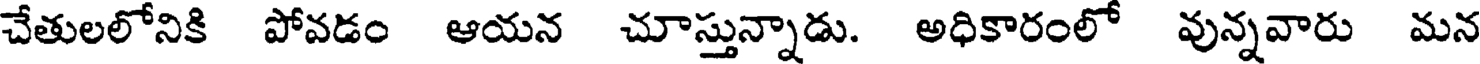
చేతులలోనికి పోవడం ఆయన చూస్తున్నాడు. అధికారంలో వున్నవారు మన